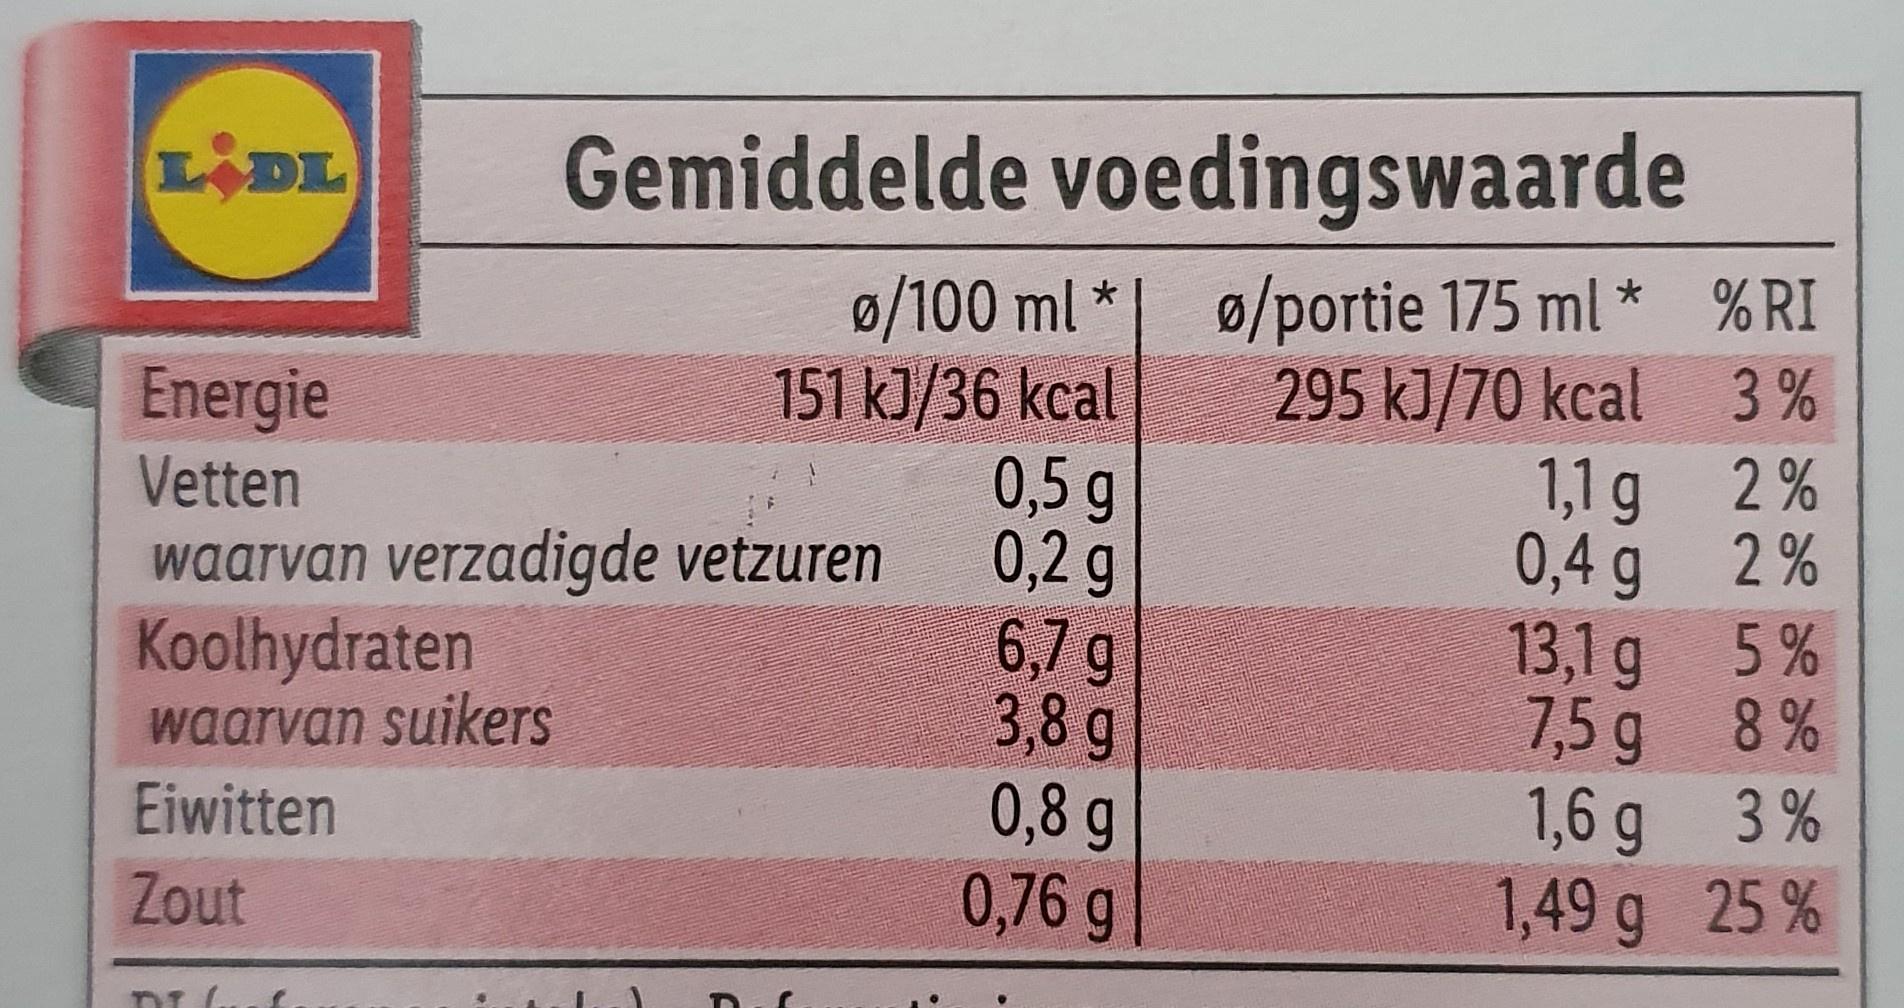
LIDL
Gemiddelde voedingswaarde
151 kJ/36 kcal 0,5 g 0,2g 6,7 g 3,8 g 0,8 g 0,76 g
ø/100 ml *| ø/portie 175 ml * % RI 295 kJ/70 kcal 3 % 1,1 g 2 % 0,4 g 2 % 13,1 g 5% 7,5 g 8 % 1,6 g 3 % 1,49 g 25 %
Energie
Vetten
waarvan verzadigde vetzuren Koolhydraten waarvan suikers
Eiwitten
Zout